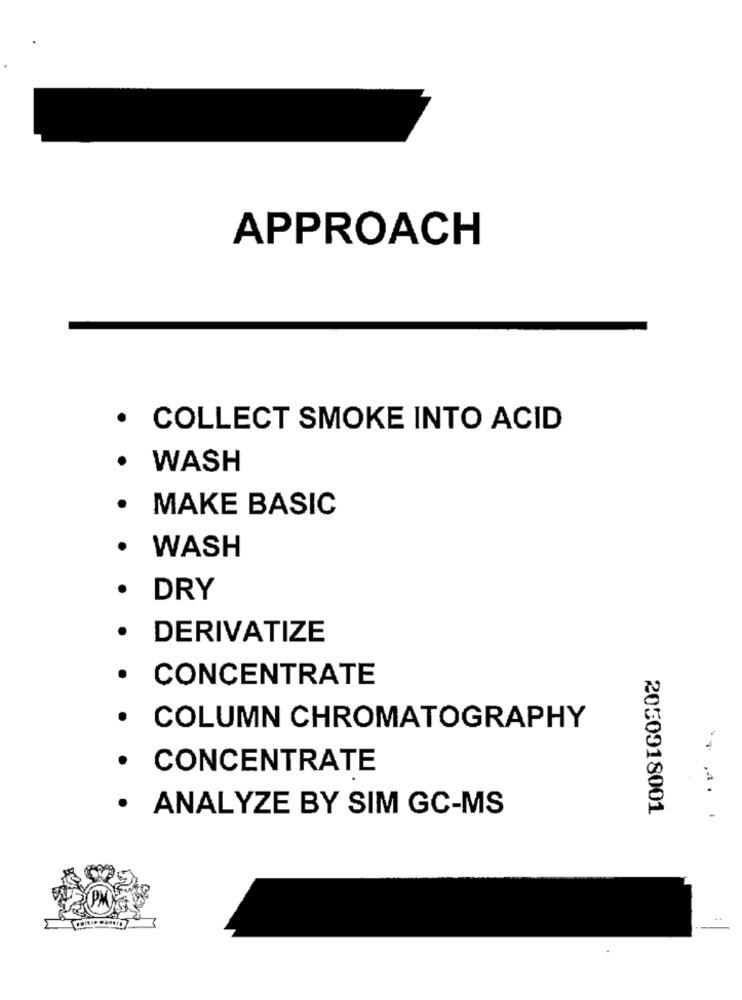
APPROACH
· COLLECT SMOKE INTO ACID
· WASH
· MAKE BASIC
· WASH
DRY
· DERIVATIZE
· CONCENTRATE
· COLUMN CHROMATOGRAPHY
· CONCENTRATE
· ANALYZE BY SIM GC-MS
2050918001
--...